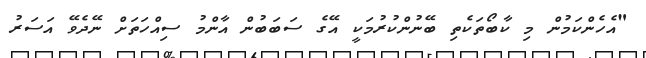
"އެހެންކަމުން މި ކާބޯތަކެތި ބޭނުންކުރުމަކީ އޭގެ ސަބަބުން އާންމު ސިއްހަތަށް ނޭދެވޭ އަސަރު